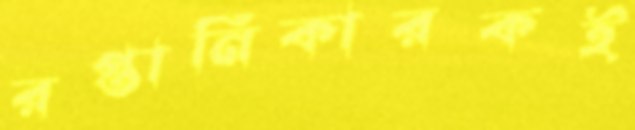
রপ্তানিকারকই